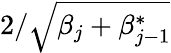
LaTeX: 2/\sqrt{\beta_{j}+\beta_{j-1}^{*}}